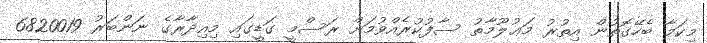
މިކަމާ ބެހޭގޮތުން އިތުރު މަޢުލޫމާތު ސާފުކުރެއްވުމަށް ރަސްމީ ގަޑީގައި މިއިދާރާގެ ނަންބަރު 6820019